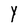
Character: Y